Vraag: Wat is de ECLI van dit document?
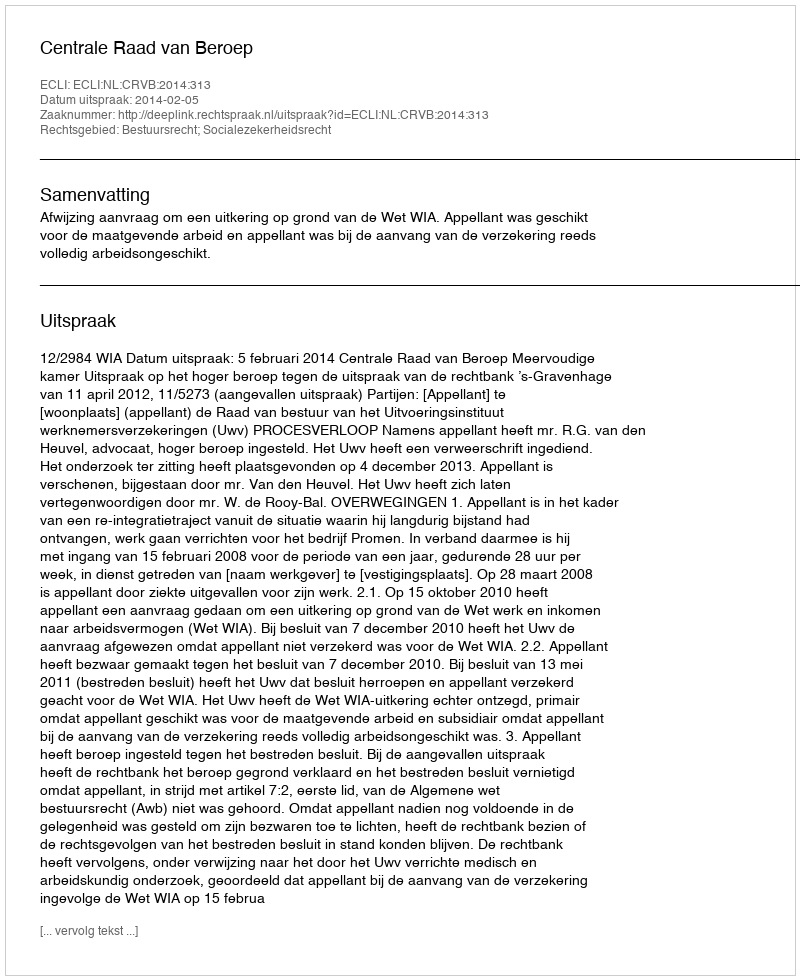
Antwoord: ECLI:NL:CRVB:2014:313